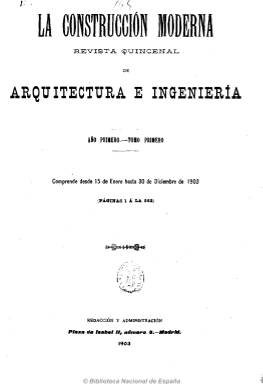
Título: La Construcción moderna
Colección: Arquitectura y construcción || Industria
Ámbito geográfico: Madrid
Lugar de publicación: Madrid
Fechas: 15/01/1903-15/07/1936

Subtitulada “Revista quincenal de Arquitectura e Ingeniería”, fue la más importante y con mayor tradición en el ámbito de la arquitectura española y principal plataforma de opinión de sus profesionales en el primer tercio del siglo veinte. Empezó apareciendo los días 15 y 30 de cada mes y, posteriormente, los días uno y 15. Su paginación era variada, desde las 8 hasta las 30 páginas.

Sus contenidos versaron sobre edificios públicos, privados y religiosos, fábricas y materiales de construcción, proyectos urbanísticos y obras y saneamiento público, abastecimientos de aguas, congresos internacionales de arquitectura, artículos técnicos e informaciones de carácter corporativo, notas bibliográficas y de actualidad, arte y arqueología. Un gran aporte de la revista son sus ilustraciones, especialmente las fotografías de edificios construidos en la época, tanto españoles como extranjeros. Incluye anuncios comerciales que llegan a ocupar gran espacio en la publicación.

Sus fundadores y directores fueron el ingeniero sanitario militar Eduardo Gallego Ramos (1873-1959), que presidirá también el consejo de administración de la Revista de Ingeniería (Madrid: 1928-1930) y autor de numerosas obras de su especialidad; y el arquitecto Luis Sanz de Terreros (1876-1936), muy comprometido con el movimiento regeneracionista y de vanguardia europea. Sus redactores y colaboradores fueron arquitectos, ingenieros, urbanistas, y médicos, pues uno de los asuntos más relevantes de la época eran las construcciones de saneamiento público. Entre sus principales colaboradores se encuentra el arquitecto, urbanista y escritor vasco Teodoro Anasagasti y Algan (1880-1938), quien con sus artículos puso a disposición de sus colegas los grandes temas contemporáneos de debate internacional. Anasagasti y Gallego aparecerán en la última época de la revista como sus directores-propietarios, y el primero de ellos también como secretario de redacción.

Gallego será asimismo director de La energía eléctrica (Madrid: 1902-1936), subtitulada “Revista técnico-financiera de electricidad y motores”, de periodicidad mensual, y cuyos últimos ejemplares están incluidos en esta colección de La construcción moderna, al ser considerados como suplementos a esta, así como el suplemento titulado Ingeniería y Arquitectura Sanitarias, que debió empezar a publicarse alrededor de 1927, con el subtítulo de “Revista mensual técnico-informativa de dichas especialidades” y como órgano oficial de la Asociación de Ingenieros y Arquitectos Sanitarios.

El último ejemplar de La construcción moderna, junto a los dos suplementos citados, corresponde al 15 de julio de 1936, por lo que debió dejar de publicarse tras estallar el levantamiento miliar del 17 de julio de ese año que desembocó en la guerra civil.